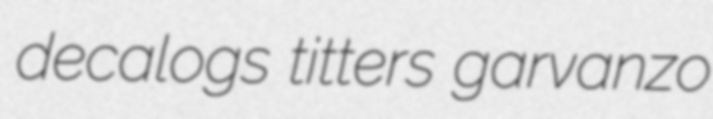
decalogs titters garvanzo